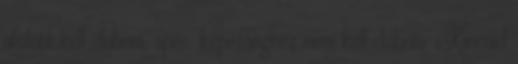
afölött kell dobnia, spec. képességhez nem kell dobnia. Kincaid